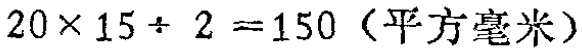
$20\times 15\div 2 = 150 \text{（平方毫米）}$